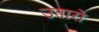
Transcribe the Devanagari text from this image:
उतारो